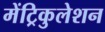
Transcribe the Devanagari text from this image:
मेंट्रिकुलेशन